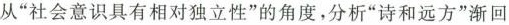
从”社会意识具有相对独立性”的角度，分析”诗和远方”渐回